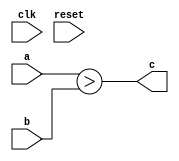
`timescale 1ns / 1ps
//////////////////////////////////////////////////////////////////////////////////
// Company: 
// Engineer: 
// 
// Design Name: 
// Module Name:    comparator 
// Project Name: 
// Target Devices: 
// Tool versions: 
// Description: 
//
// Dependencies: 
//
// Revision: 
// Revision 0.01 - File Created
// Additional Comments: 
//
//////////////////////////////////////////////////////////////////////////////////
module comparator(
   input clk,
   input reset,
	input [3:0] a,
	input [3:0] b,
	output c
	 
    );
	 assign c = a > b;


endmodule